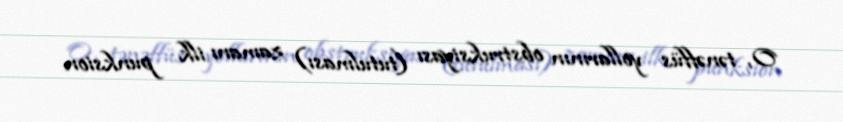
O, tənəffüs yollarının obstruksiyası (tutulması) zamanı ilk punksion